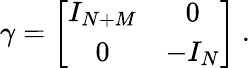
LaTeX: \gamma=\biggl[\begin{array}{cc}{{I_{N+M}}}&{{0}}\\ {{0}}&{{-I_{N}}}\end{array}\biggr]\ .